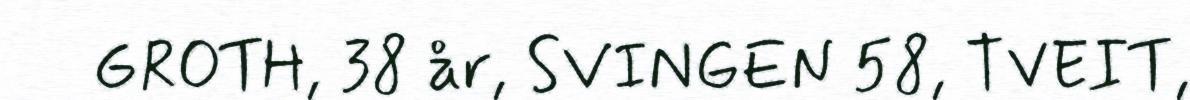
GROTH, 38 år, SVINGEN 58, TVEIT,